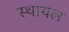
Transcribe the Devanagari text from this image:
स्थायल